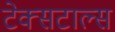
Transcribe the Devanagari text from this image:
टेक्सटाल्स